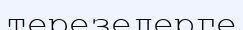
терезелерге